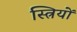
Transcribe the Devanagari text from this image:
स्त्रियों